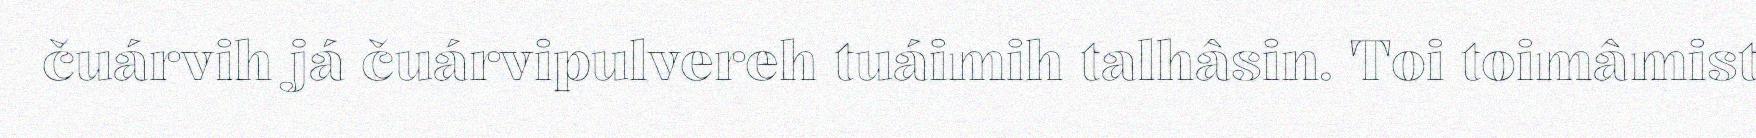
čuárvih já čuárvipulvereh tuáimih talhâsin. Toi toimâmist